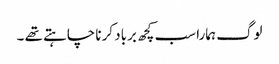
لوگ ہمارا سب کچھ برباد کرنا چاہتے تھے ۔